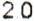
2.0